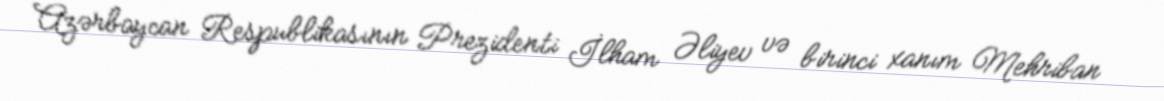
Azərbaycan Respublikasının Prezidenti İlham Əliyev və birinci xanım Mehriban